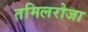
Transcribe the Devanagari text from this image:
तमिलरोजा